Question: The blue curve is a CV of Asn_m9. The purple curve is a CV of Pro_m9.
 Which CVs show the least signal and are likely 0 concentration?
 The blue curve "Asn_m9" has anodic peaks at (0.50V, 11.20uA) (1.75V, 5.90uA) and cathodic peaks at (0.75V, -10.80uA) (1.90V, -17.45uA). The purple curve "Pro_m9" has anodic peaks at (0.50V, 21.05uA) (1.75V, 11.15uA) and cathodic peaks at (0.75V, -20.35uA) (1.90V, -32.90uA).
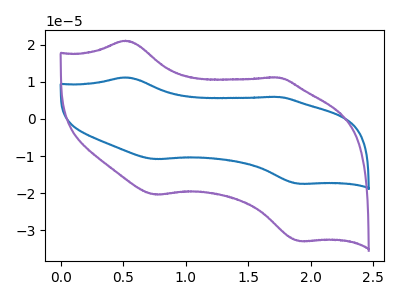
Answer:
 <answer>There are not any CV's on this graph that are likely to be blanks.</answer>
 <eval>none</eval>